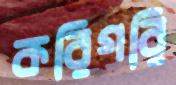
করিগরি